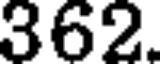
362.